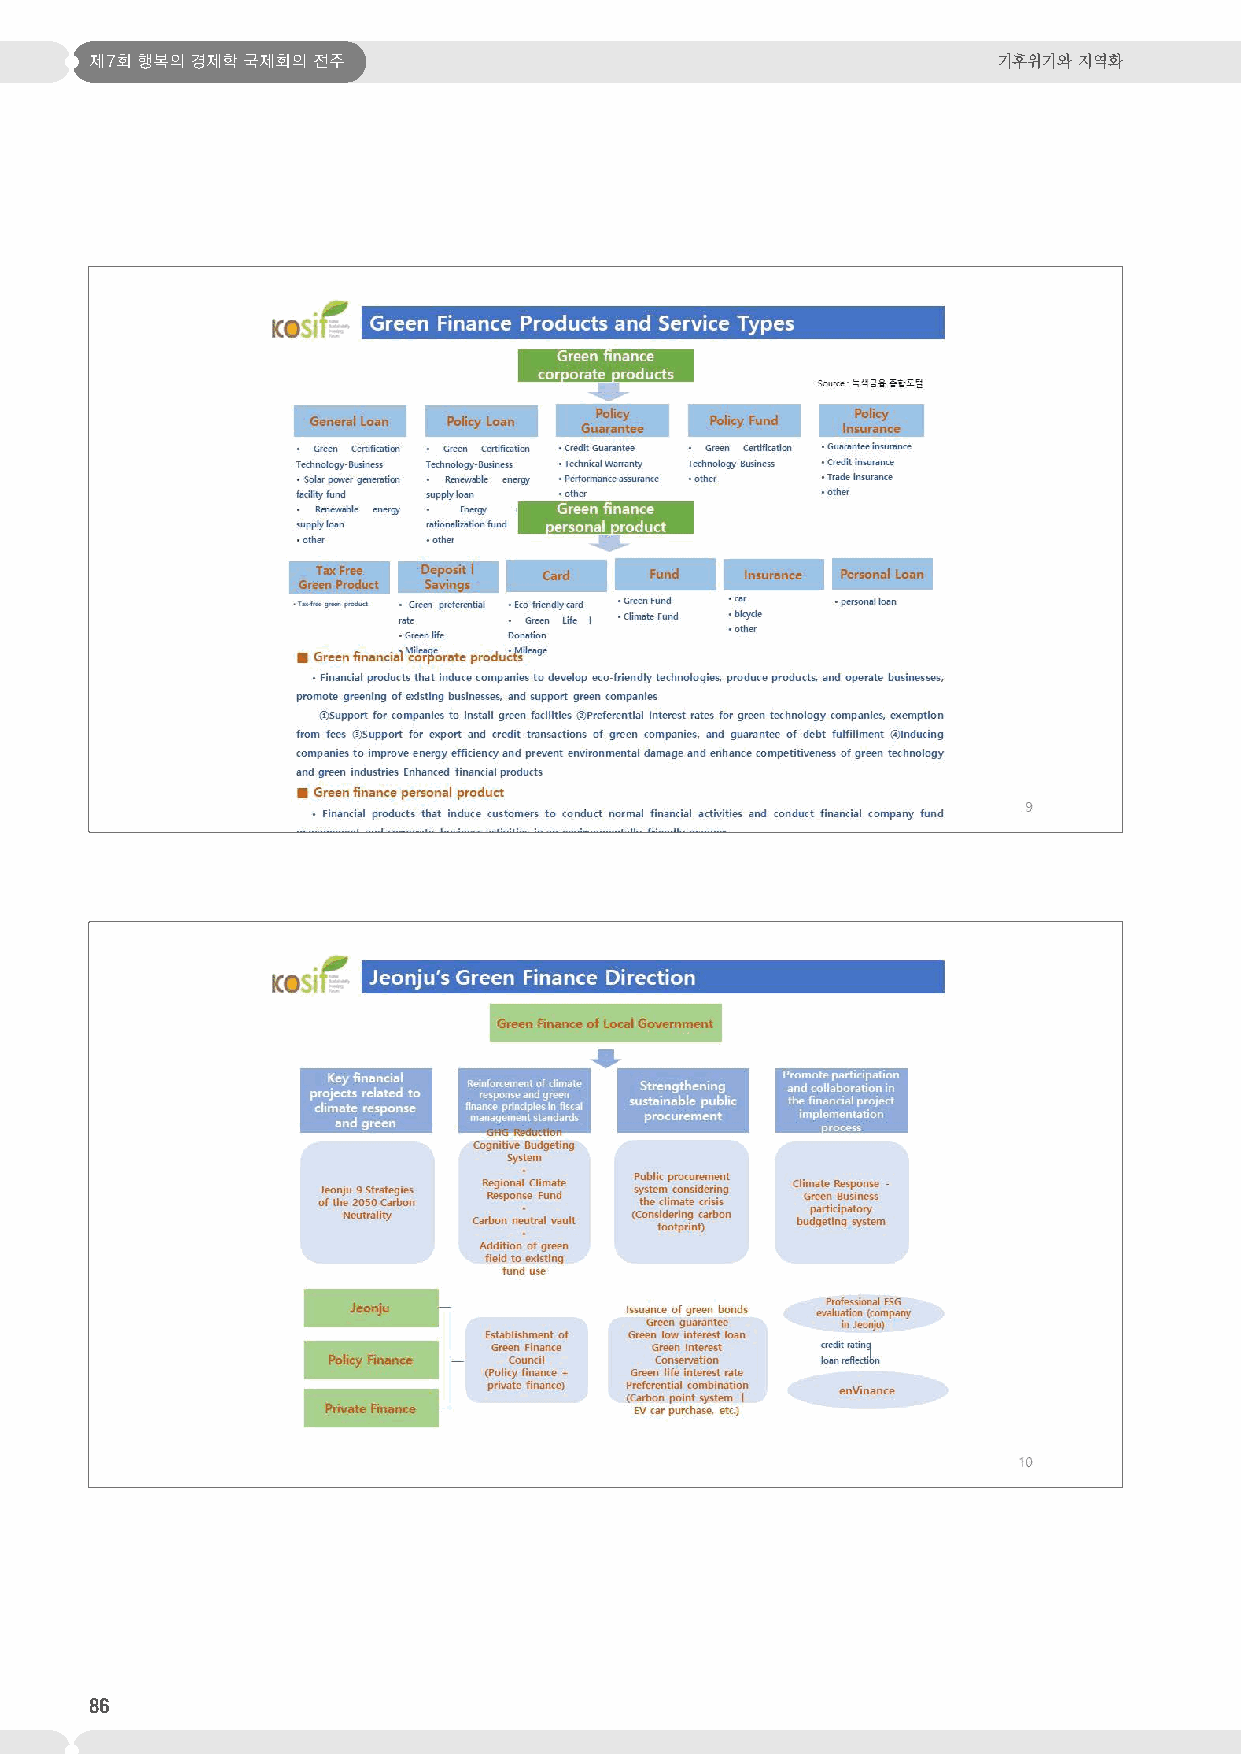
제7회 행복의 경제학 국제회의 전주                                         기후위기와 지역화
 86